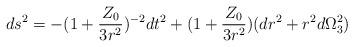
LaTeX: \begin{align*}ds^2=-(1+\frac{Z_0}{3r^2})^{-2}dt^2+(1+\frac{Z_0}{3r^2})(dr^2+r^2d\Omega_3^2)\end{align*}